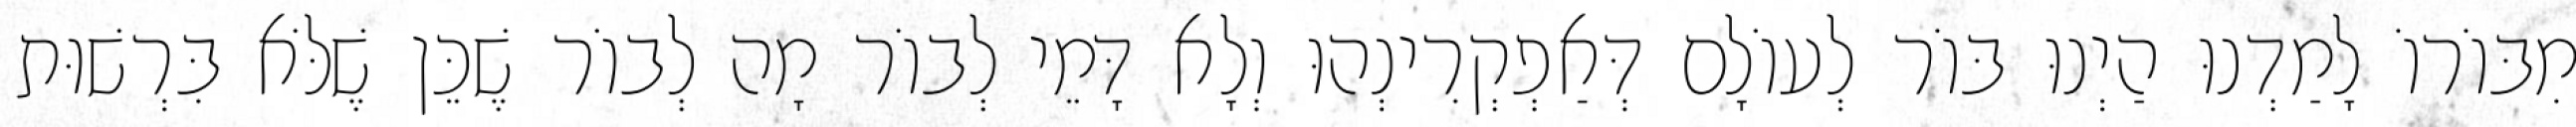
מִבּוֹרוֹ לָמַדְנוּ הַיְנוּ בּוֹר לְעוֹלָם דְּאַפְקְרִינְהוּ וְלָא דָּמֵי לְבוֹר מָה לְבוֹר שֶׁכֵּן שֶׁלֹּא בִּרְשׁוּת